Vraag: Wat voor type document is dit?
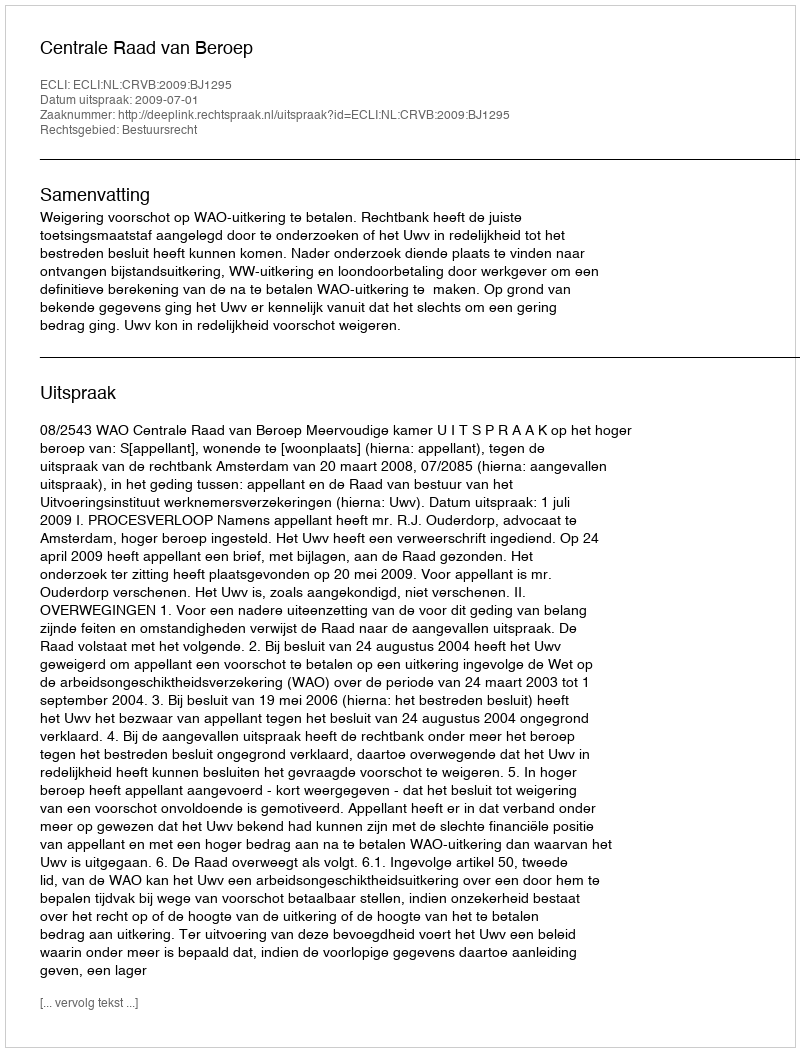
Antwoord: Uitspraak